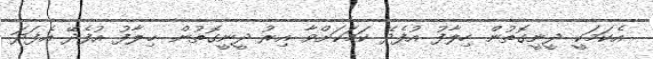
އެކަމަކީ ދީނީގޮތުން ހިލާފު އުފެދޭ ކަމަކަށްވާ އިރު ދީނީގޮތުން ޚިލާފު އުފެދޭ އެފަދަ